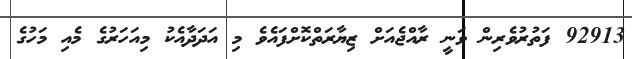
92913 ފަތުރުވެރިން ވަނީ ރާއްޖެއަށް ޒިޔާރަތްކޮށްފައެވެ މި އަދަދާއެކު މިއަހަރުގެ މެއި މަހުގެ